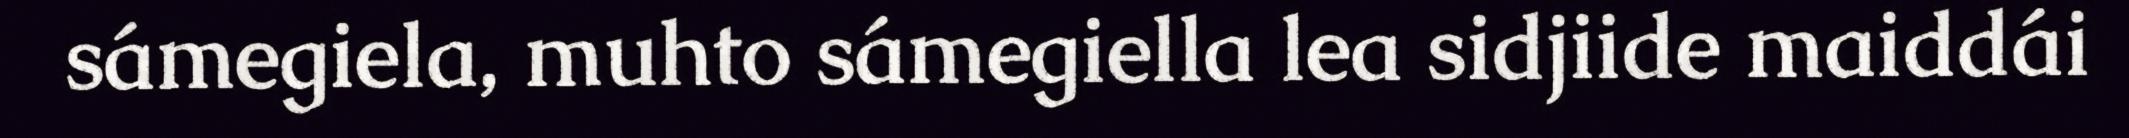
sámegiela, muhto sámegiella lea sidjiide maiddái